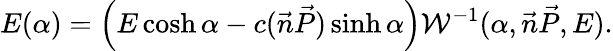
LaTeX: E(\alpha)=\left(E\cosh\alpha-c(\vec{n}\vec{P})\sinh\alpha\right){\cal{W}}^{-1}(\alpha,\vec{n}\vec{P},E).